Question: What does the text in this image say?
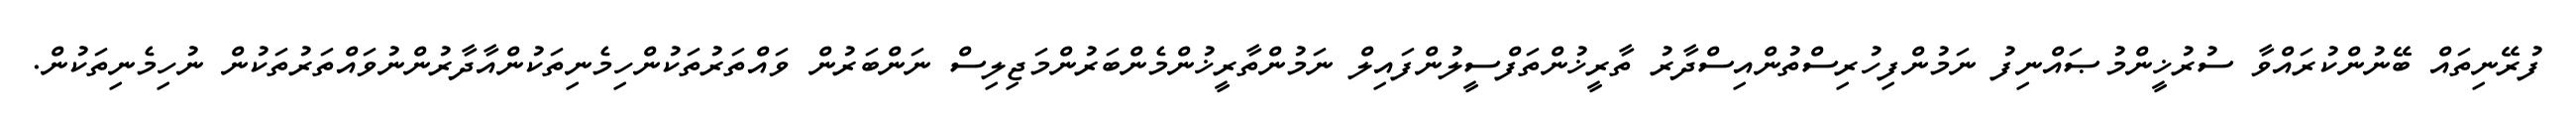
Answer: ފުރޭނިތައް ބޭނުންކުރައްވާ ސުރުޚީންމުޞައްނިފު ނަމުންފިހުރިސްތުންއިސްދާރު ތާރީޚުންތަފްސީލުންފައިލް ނަމުންތާރީޚުންމެންބަރުންމަޖިލިސް ނަންބަރުން ވައްތަރުތަކުންހިމެނިތަކުންއާދާރުންނުވައްތަރުތަކުން ނުހިމެނިތަކުން.